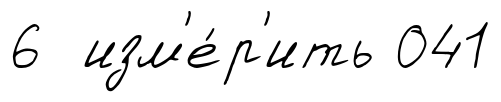
6 изм'е́р'ить 041